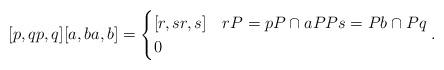
LaTeX: \begin{align*}[p,qp,q][a, ba, b] = \begin{cases}[r,sr,s] &rP= pP\cap aPPs = Pb\cap Pq\\0&\end{cases}.\end{align*}